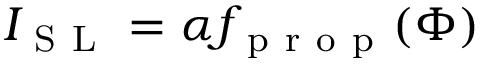
I _ { \mathrm { ~ S ~ L ~ } } = \alpha f _ { \mathrm { ~ p ~ r ~ o ~ p ~ } } ( \Phi )